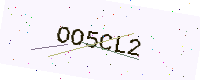
Text: OO5CL2